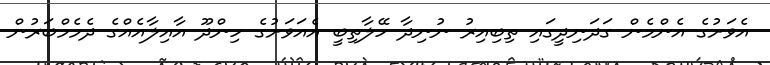
އެވަށުގެ އެންމެން ގަދަނިދީގައި ތިބިއިރު ނުނިދާ ހޭލާތިބީ އެއަވަށުގެ ހިންދޫ އާއިލާއެއްގެ ދެމެމްބަރުން